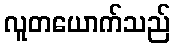
လူတယောက်သည်